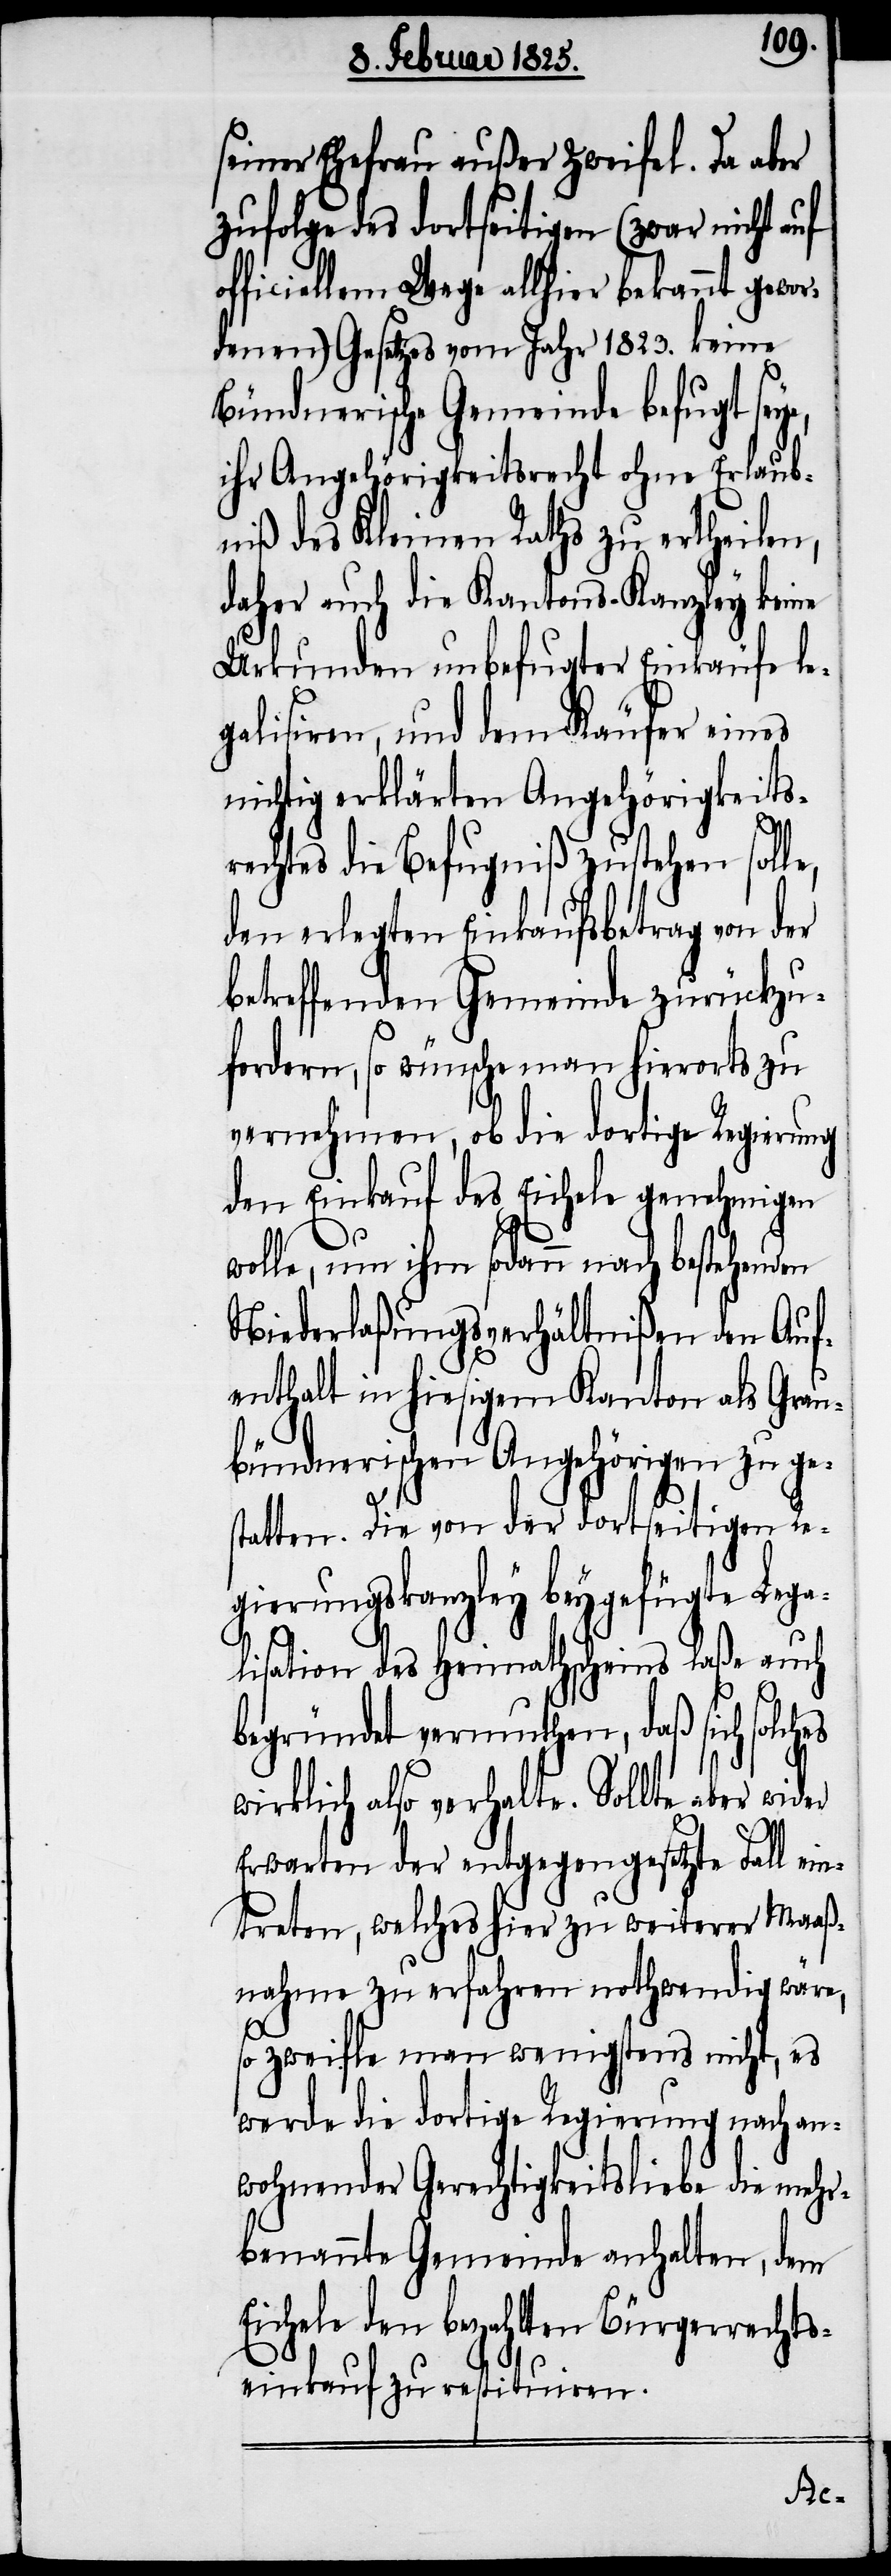
seiner Ehefrau außer Zweifel. Da aber
zufolge des dortseitigen (zwar nicht auf
officiellem Wege allhier bekannt gewor¬
denen) Gesetzes vom Jahr 1823. keine
Bündnerische Gemeinde befugt sey¬
ihr Angehörigkeitsrecht ohne Erlaub¬
niß des Kleinen Raths zu ertheilen,
daher auch die Kantons-Kanzley keine
Urkunden unbefugter Einkäufe le¬
galisiren, und dem Käufer eines
nichtig erklärten Angehörigkeits¬
e,
rechtes die Befugniß zustehen soll¬
den erlegten Einkaufsbetrag von der
betreffenden Gemeinde zurückzu¬
fordern, so wünsche man hierorts zu
vernehmen, ob die dortige Regierung
den Einkauf des Eichele genehmigen
wolle, um ihm sodann nach bestehen¬
Niederlaßungsverhältnißen den Auf¬
enthalt in hiesigem Kanton als Grau¬
bündnerischen Angehörigen zu ges¬
tatten. Die von der dortseitigen Re¬
gierungskanzley beygefügte Lega¬
lisation des Heimathscheins laße auch
begründet vermuthen, daß sich solches
wirklich also verhalte. Sollte aber
Erwarten der entgegengesetzte Fall ein¬
treten, welches hier zu weiterer Maaß¬
nahme zu erfahren nothwendig wäre,
so zweifle man wenigstens nicht, es
werde die dortige Regierung nach an¬
wohnender Gerechtigkeitsliebe die mehr¬
benannte Gemeinde anhalten, dem
Eichele den bezahlten Bürgerrechts¬
einkauf zu restituiren.
den